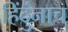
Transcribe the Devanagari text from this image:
हिंदुंनाच